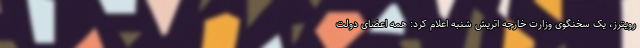
رویترز، یک سخنگوی وزارت خارجه اتریش شنبه اعلام کرد: همه اعضای دولت